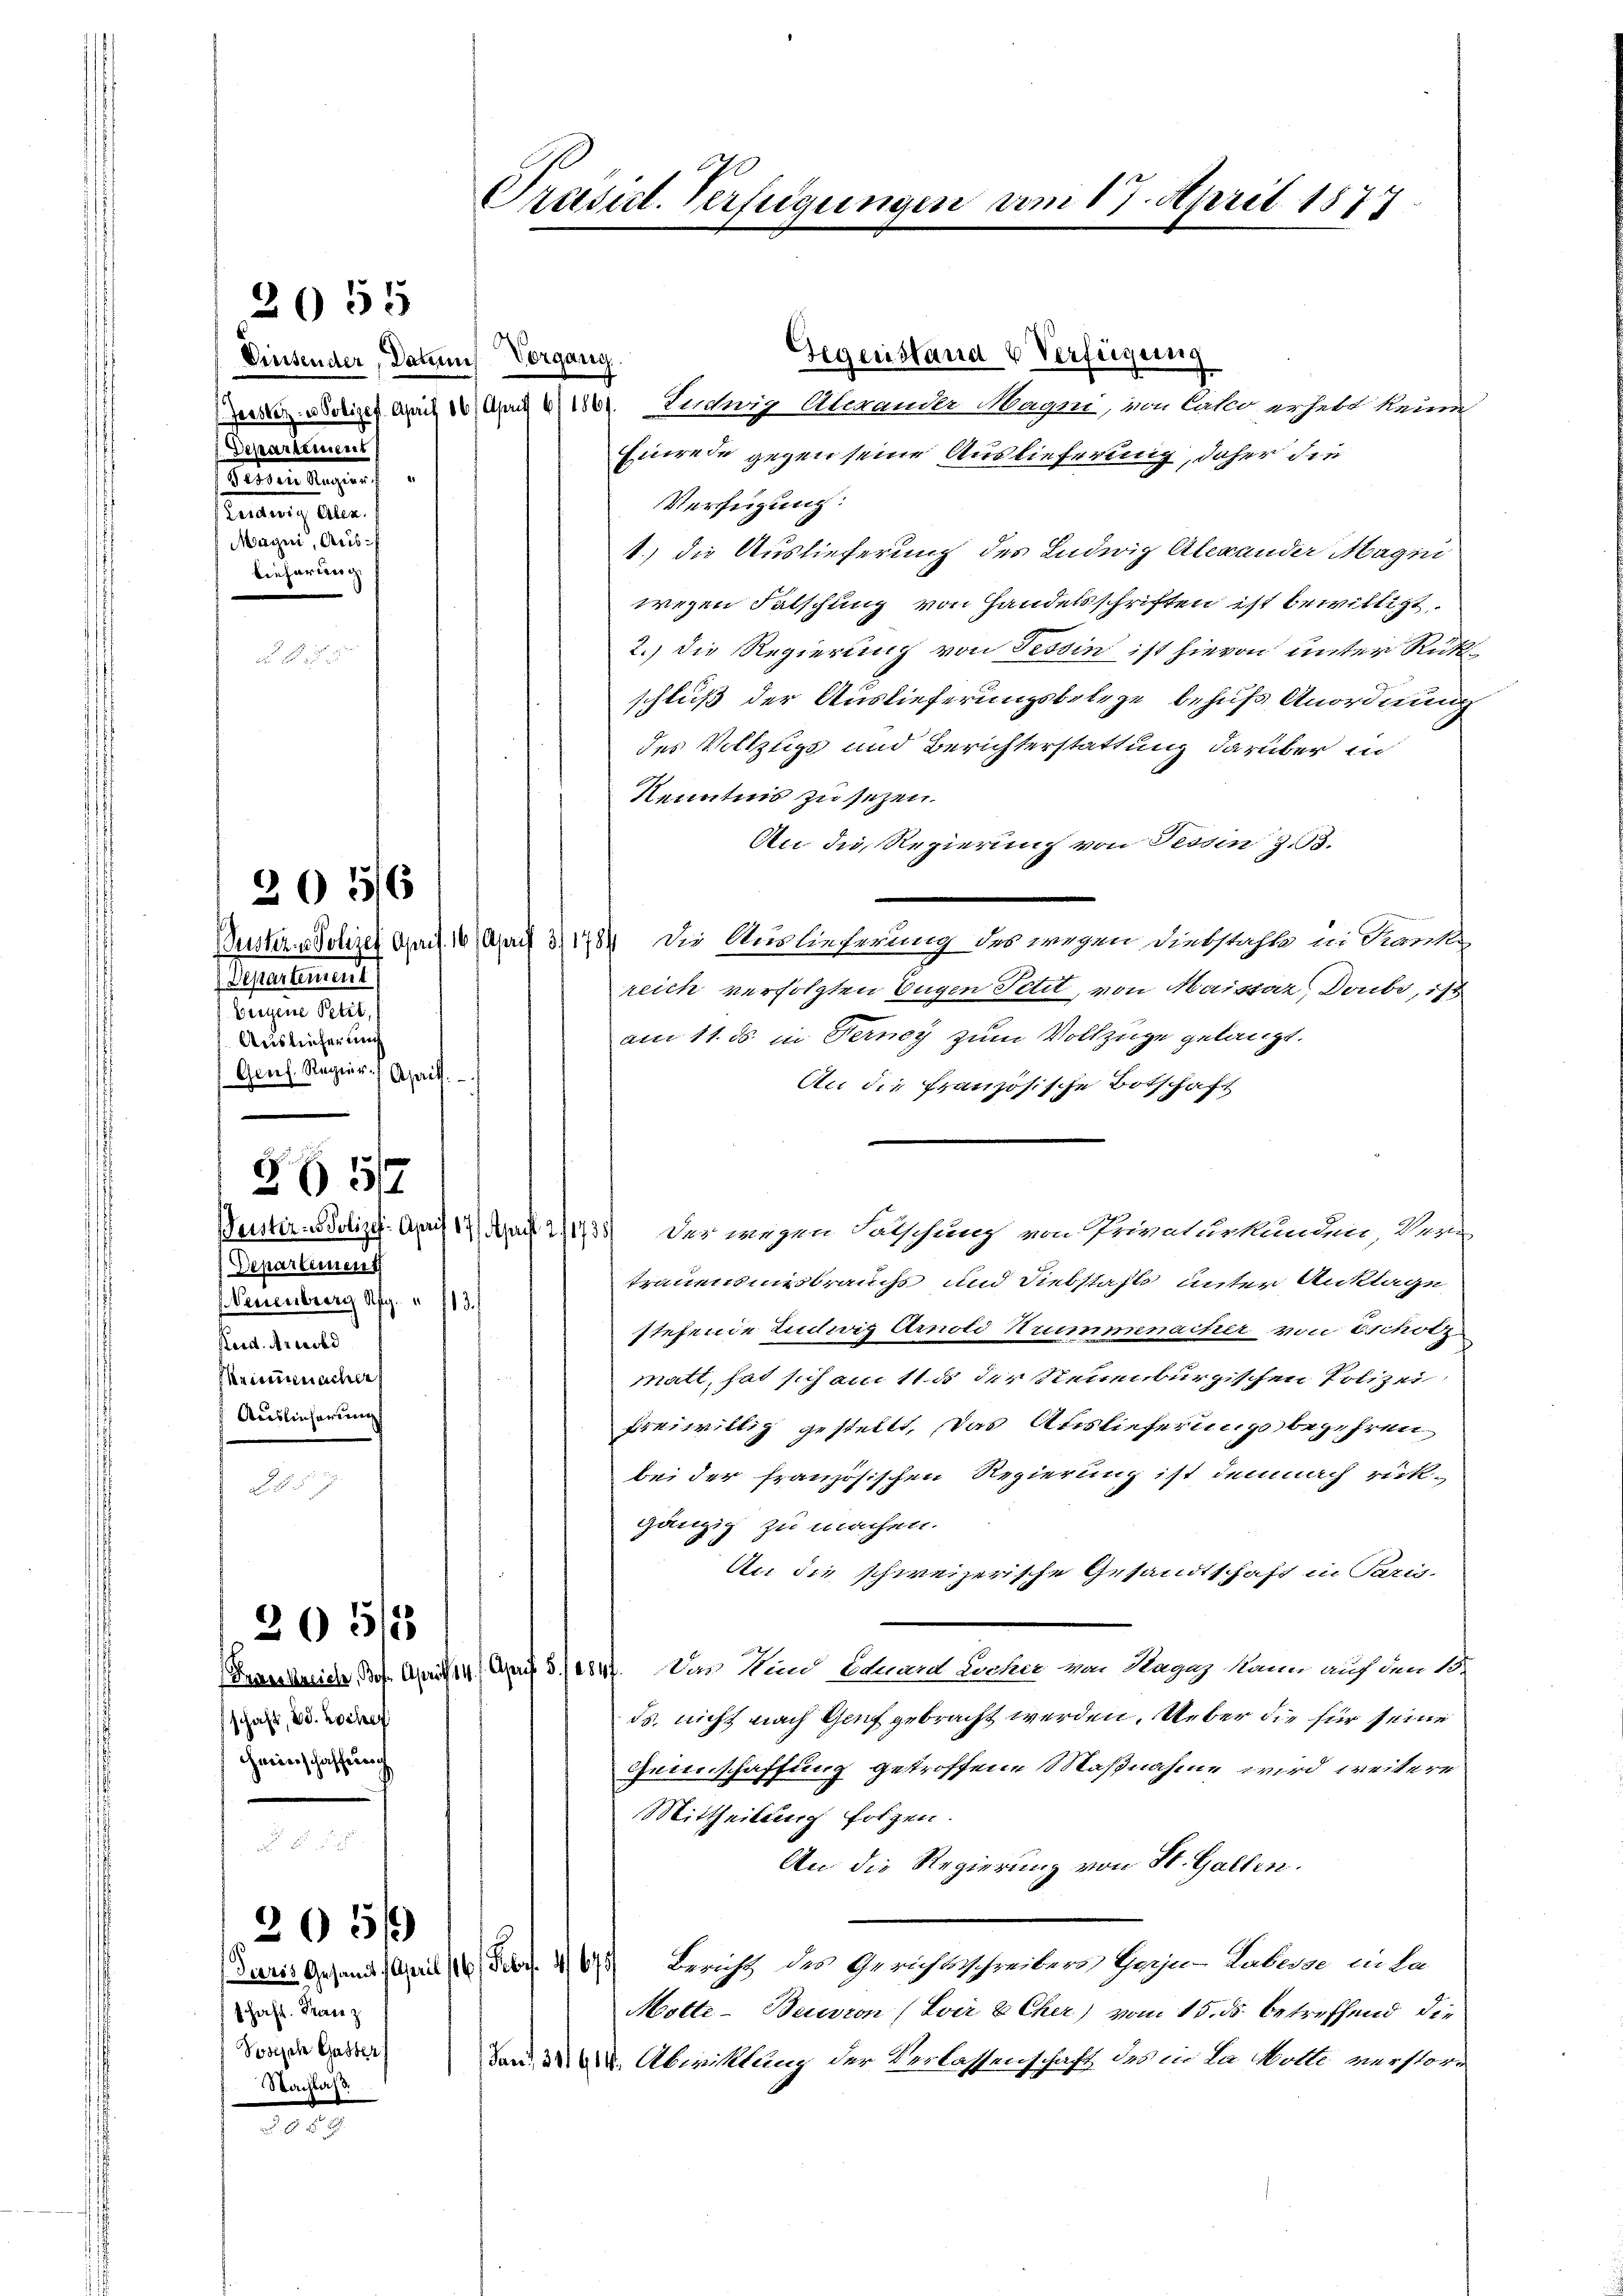
Einsender, Das Vorgang
.Departement
tmungen
naenig alle
Mayni, Austieferieng

2055

205/6

Departement
Wiegene Petit,
Ausleicherung
Genf. Regier. April.

Departement
Peuenberg Afg. u. 13.
Perd. Arnold
einmachen
Auslieferung

2657

d

schaft, 20. Lochen
cheinerschaffung

205/3

schaft. Trace z
Joseph Gaster
Nachlass

205/9

Gegenstand 6 Verfügung
Werden origen mit 10 Mai v. Liechig Aberande Magen, von Lako erhebt keine
Einrede gegen seine Auslieferung, daher die
Verfügung:
1.) die Auslieferung des Ludwig Alexander Magin
wegen Fälschung von Handelsschriften ist bewilligt.
2.) Die Regierung von Tessin ist hievon unter Rükschluß der Auslieferungsbelege behufs Anordnung
des Vollzugs und Berichterstattung darüber in
Kenntnis zu sezen.
An die Regierung von Tessin 33.
Puster Polizei Auf 10 April 1784. Die Auslieferung des wegen Diebstahle in Kranke
reich verfolgten Eugen Petit, von Maissar, Doube, ist
am 11. ds in Ferney zum Vollzüge gelangt.
An die französische Botschaft
trauensmirbrauchs und Diebstahl unter Anklage
stehende Ludwitz Arnold Krummenacher von Eschote
matt, hat sich am 11. ds der Steuenburgischen Polizei
freiwillig gestellt, das Auslieferungsbegehrenbei der französischen Regierung ist demnach rückgänzig zu machen.
An die schweizerische Gesandtschaft in Paris-
Berliche Prof. April 147 Aprif 5./2847. Das Wind Eduard Locher von Hagag kann auf den 10.
ds, nicht nach Genf gebracht werden. Ueber die für seine
Geinschaffung getroffene Maßnahme wird weitere
Mittheilung folgen.
An die Regierung von St. Gallen.
Paris Gesandt, April 18. Febr. 167) Bericht des Gerichtsschreiben, Gerju-Laberse ni la
Motte - Beision (Evir 8 Cher) vom 15. ds. betreffend die
an. Abwicklung der Verlassenschaft des in La Motte verstor¬

Prasat. Verfügungen vom 17. April 1877

Wuster-Poliz. April 17. April 2/1738 des wegen Falschung von Privaturkunden, Ver-